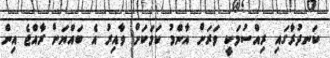
ކަނދުރާގައި ރިއްސުމަކީ ވަރަށް އާންމު ކަމަކަށް ވާއިރު އެ ބައްޔަށް ރާއްޖެ އިން